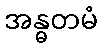
အန္ဓတမံ